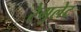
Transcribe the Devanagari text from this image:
रेगुलेट